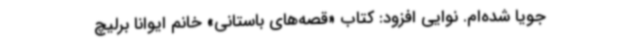
جویا شده‌ام. نوایی افزود: کتاب «قصه‌های باستانی» خانم ایوانا برلیچ